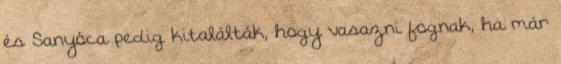
és Sanyóca pedig kitalálták, hogy vasazni fognak, ha már